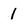
Character: 1